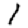
Digit: 1